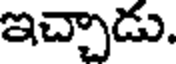
ఇచ్చాడు.